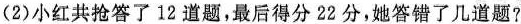
(2)小红共抢答了12道题，最后得分22分，她答错了几道题?